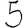
Digit: 5